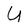
Character: U